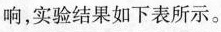
响，实验结果如下表所示。